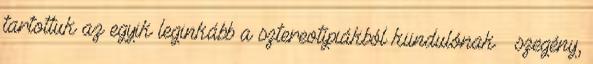
tartottuk az egyik leginkább a sztereotípiákból kiindulónak – szegény,